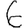
Digit: 6